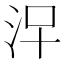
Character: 𣳀